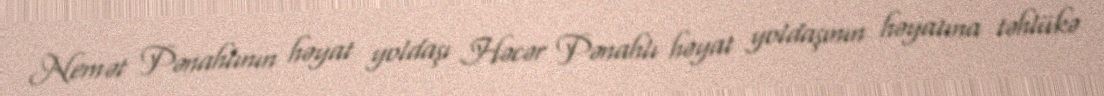
Nemət Pənahlının həyat yoldaşı Həcər Pənahlı həyat yoldaşının həyatına təhlükə